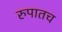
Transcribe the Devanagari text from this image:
रुपातच